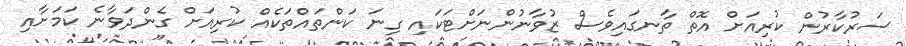
ސަރުކާރުން ކުރިއަށް އޮތް ތާނގައިވެސް ޒުވާނުންނަށްޓަކައި ގިނަ ކަންތައްތަކެއް ކުރިއަށް ގެންދަވާނެ ކަމަށާއި